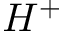
H ^ { + }